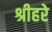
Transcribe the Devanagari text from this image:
श्रीहरे